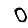
Digit: 0